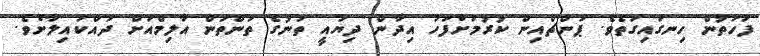
ފަހަތުން ހިނގައިގަތެވެ. ޕަންޗްއިން ކުރުމަށްފަހު އިދާން ދިޔައީ ތަނުގެ ތަންތަން އާލިމްއަށް ދައްކައިލާށެވެ.